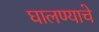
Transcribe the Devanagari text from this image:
घालण्‍याचे